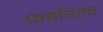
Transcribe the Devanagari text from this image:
फेडरिख